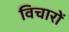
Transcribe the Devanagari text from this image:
विचाराें